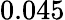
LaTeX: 0.045